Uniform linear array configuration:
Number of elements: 48
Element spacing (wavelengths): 0.25
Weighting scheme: hamming
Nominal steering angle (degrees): -30
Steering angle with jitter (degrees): -29.842
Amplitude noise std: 0.05
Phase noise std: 0.05

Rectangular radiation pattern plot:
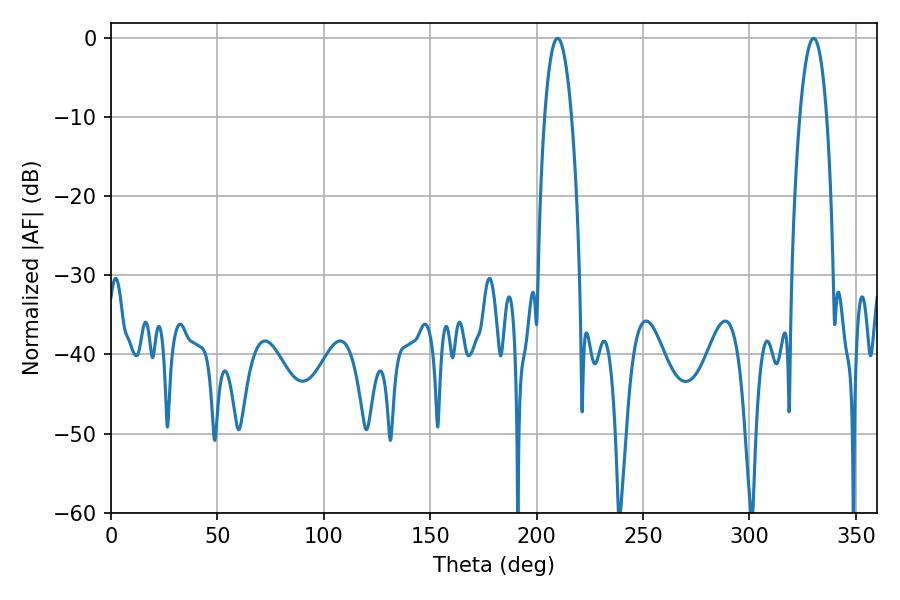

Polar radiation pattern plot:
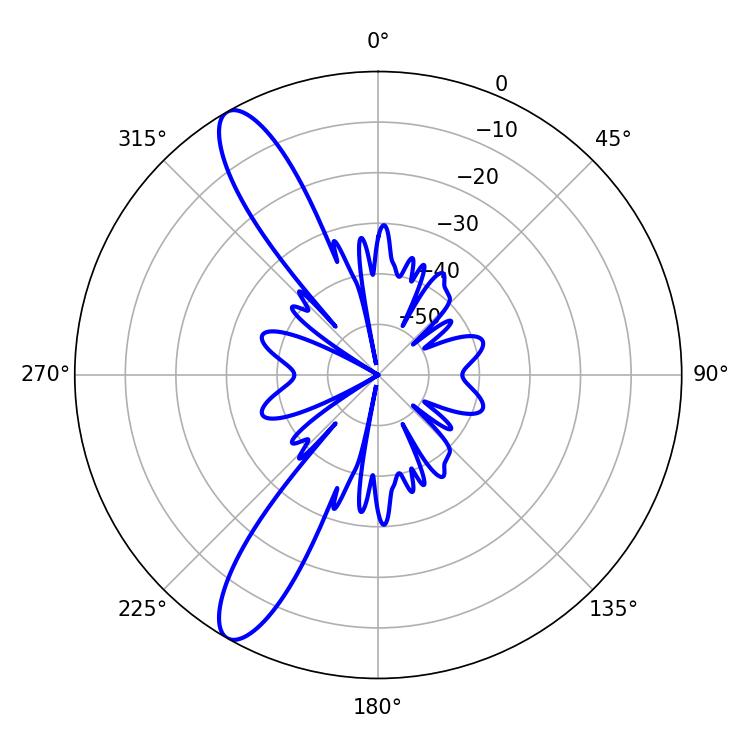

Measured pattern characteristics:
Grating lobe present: FALSE
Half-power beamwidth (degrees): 7.02
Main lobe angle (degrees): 209.88